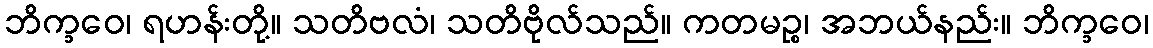
ဘိက္ခဝေ၊ ရဟန်းတို့။ သတိဗလံ၊ သတိဗိုလ်သည်။ ကတမဉ္စ၊ အဘယ်နည်း။ ဘိက္ခဝေ၊